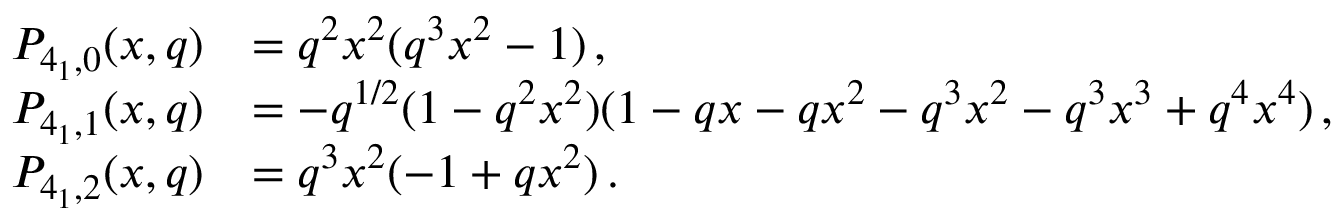
\begin{array} { r l } { P _ { 4 _ { 1 } , 0 } ( x , q ) } & { = q ^ { 2 } x ^ { 2 } ( q ^ { 3 } x ^ { 2 } - 1 ) \, , } \\ { P _ { 4 _ { 1 } , 1 } ( x , q ) } & { = - q ^ { 1 / 2 } ( 1 - q ^ { 2 } x ^ { 2 } ) ( 1 - q x - q x ^ { 2 } - q ^ { 3 } x ^ { 2 } - q ^ { 3 } x ^ { 3 } + q ^ { 4 } x ^ { 4 } ) \, , } \\ { P _ { 4 _ { 1 } , 2 } ( x , q ) } & { = q ^ { 3 } x ^ { 2 } ( - 1 + q x ^ { 2 } ) \, . } \end{array}